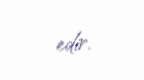
edir.